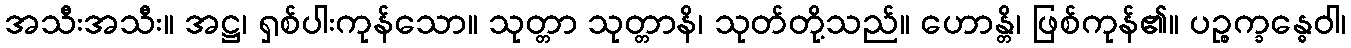
အသီးအသီး။ အဋ္ဌ၊ ရှစ်ပါးကုန်သော။ သုတ္တာ သုတ္တာနိ၊ သုတ်တို့သည်။ ဟောန္တိ၊ ဖြစ်ကုန်၏။ ပဉ္စက္ခန္ဓေဝါ၊